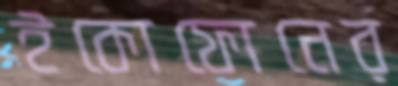
ইকোফোনের